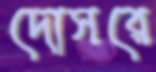
দোসরে